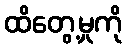
ထိတွေ့မှုကို